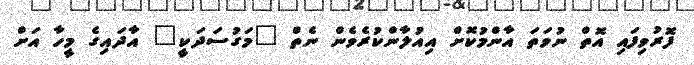
ފޮރުވިފައި އޮތް ނުވަތަ އާންމުކޮށް އިއުލާންކުރެވެން ނެތް "މަގުސަދަކީ" އާދައިގެ މީހާ އަށް